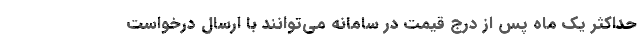
حداکثر یک ماه پس از درج قیمت در سامانه می‌توانند با ارسال درخواست